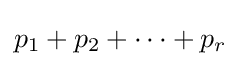
p_{1}+p_{2}+\cdots +p_{r}